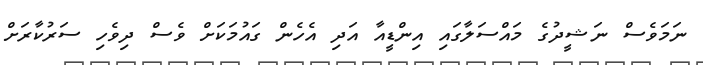
ނަމަވެސް ނަޝީދުގެ މައްސަލާގައި އިންޑީއާ އަދި އެހެން ގައުމަކަށް ވެސް ދިވެހި ސަރުކާރަށް